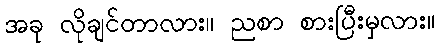
အခု လိုချင်တာလား။ ညစာ စားပြီးမှလား။